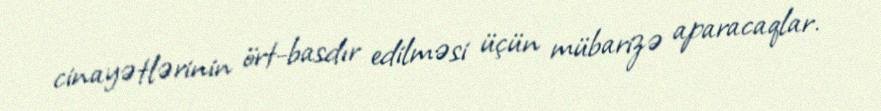
cinayətlərinin ört-basdır edilməsi üçün mübarizə aparacaqlar.